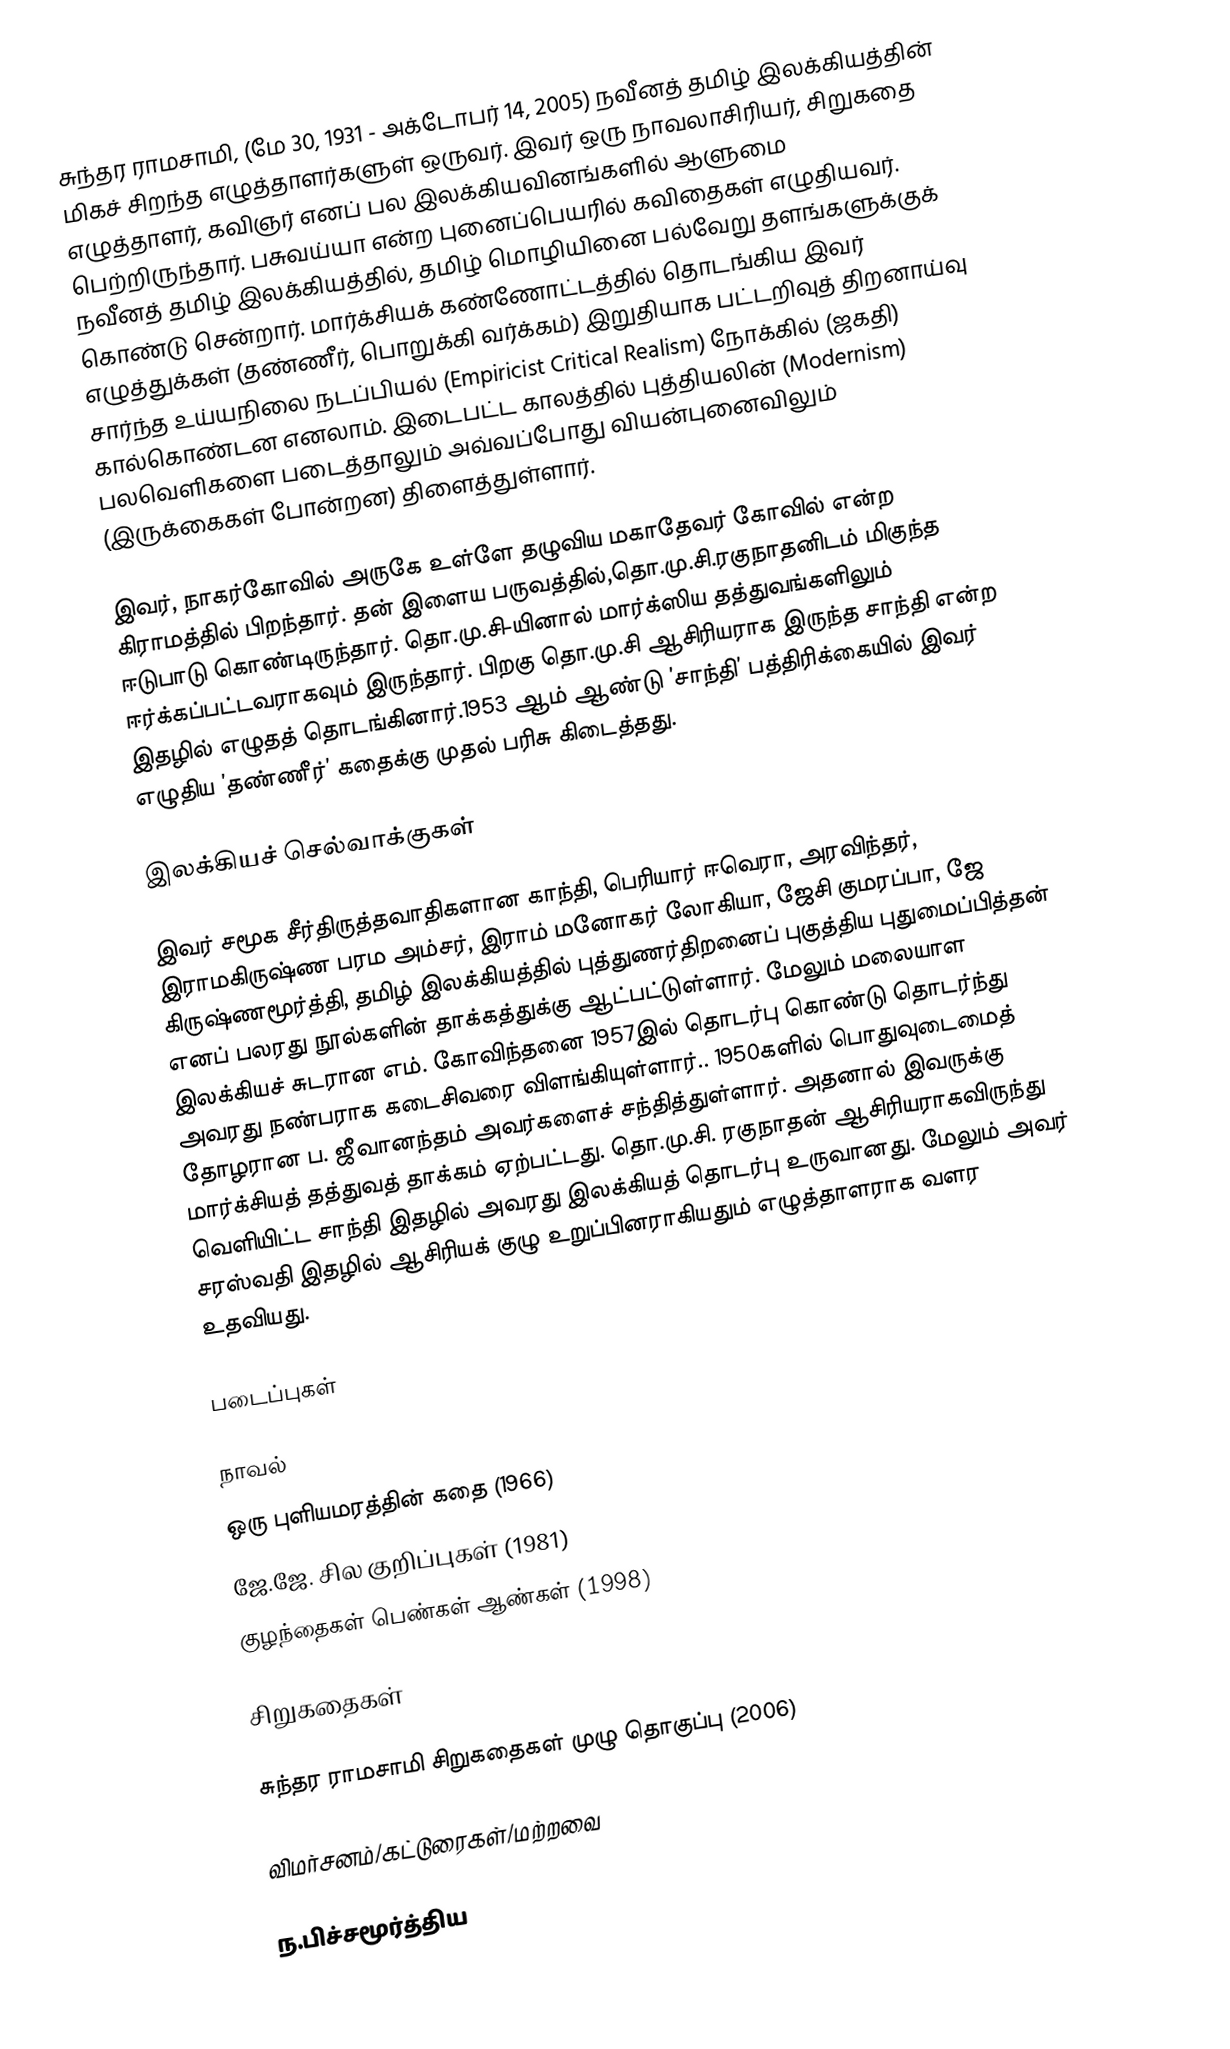
சுந்தர ராமசாமி, (மே 30, 1931 - அக்டோபர் 14, 2005) நவீனத் தமிழ் இலக்கியத்தின் மிகச் சிறந்த எழுத்தாளர்களுள் ஒருவர். இவர் ஒரு நாவலாசிரியர், சிறுகதை எழுத்தாளர், கவிஞர் எனப் பல இலக்கியவினங்களில் ஆளுமை பெற்றிருந்தார். பசுவய்யா என்ற புனைப்பெயரில் கவிதைகள் எழுதியவர். நவீனத் தமிழ் இலக்கியத்தில், தமிழ் மொழியினை பல்வேறு தளங்களுக்குக்  கொண்டு சென்றார். மார்க்சியக் கண்ணோட்டத்தில் தொடங்கிய இவர் எழுத்துக்கள் (தண்ணீர், பொறுக்கி வர்க்கம்) இறுதியாக பட்டறிவுத் திறனாய்வு சார்ந்த உய்யநிலை நடப்பியல் (Empiricist Critical Realism) நோக்கில் (ஜகதி) கால்கொண்டன எனலாம். இடைபட்ட காலத்தில் புத்தியலின் (Modernism) பலவெளிகளை படைத்தாலும் அவ்வப்போது வியன்புனைவிலும் (இருக்கைகள் போன்றன) திளைத்துள்ளார்.

இவர், நாகர்கோவில் அருகே உள்ளே தழுவிய மகாதேவர் கோவில் என்ற கிராமத்தில் பிறந்தார். தன் இளைய பருவத்தில்,தொ.மு.சி.ரகுநாதனிடம் மிகுந்த ஈடுபாடு கொண்டிருந்தார். தொ.மு.சி-யினால் மார்க்ஸிய தத்துவங்களிலும் ஈர்க்கப்பட்டவராகவும் இருந்தார். பிறகு தொ.மு.சி ஆசிரியராக இருந்த சாந்தி என்ற இதழில் எழுதத் தொடங்கினார்.1953 ஆம் ஆண்டு ’சாந்தி’ பத்திரிக்கையில் இவர் எழுதிய ’தண்ணீர்’ கதைக்கு முதல் பரிசு கிடைத்தது.

இலக்கியச் செல்வாக்குகள்

இவர் சமூக சீர்திருத்தவாதிகளான காந்தி, பெரியார் ஈவெரா, அரவிந்தர், இராமகிருஷ்ண பரம அம்சர், இராம் மனோகர் லோகியா, ஜேசி குமரப்பா, ஜே கிருஷ்ணமூர்த்தி, தமிழ் இலக்கியத்தில் புத்துணர்திறனைப் புகுத்திய புதுமைப்பித்தன் எனப் பலரது நூல்களின் தாக்கத்துக்கு ஆட்பட்டுள்ளார். மேலும் மலையாள இலக்கியச் சுடரான எம். கோவிந்தனை 1957இல் தொடர்பு கொண்டு தொடர்ந்து அவரது நண்பராக கடைசிவரை விளங்கியுள்ளார்.. 1950களில் பொதுவுடைமைத் தோழரான ப. ஜீவானந்தம் அவர்களைச் சந்தித்துள்ளார். அதனால் இவருக்கு மார்க்சியத் தத்துவத் தாக்கம் ஏற்பட்டது. தொ.மு.சி. ரகுநாதன் ஆசிரியராகவிருந்து வெளியிட்ட சாந்தி இதழில் அவரது இலக்கியத் தொடர்பு உருவானது. மேலும் அவர் சரஸ்வதி இதழில் ஆசிரியக் குழு உறுப்பினராகியதும் எழுத்தாளராக வளர உதவியது.

படைப்புகள்

நாவல்
 ஒரு புளியமரத்தின் கதை (1966)
 ஜே.ஜே. சில குறிப்புகள் (1981)
 குழந்தைகள் பெண்கள் ஆண்கள் (1998)

சிறுகதைகள்

 சுந்தர ராமசாமி சிறுகதைகள் முழு தொகுப்பு (2006)

விமர்சனம்/கட்டுரைகள்/மற்றவை

 ந.பிச்சமூர்த்திய